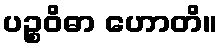
ပဉ္စဝိဓာ ဟောတိ။